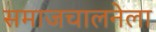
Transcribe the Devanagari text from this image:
समाजचालनेला